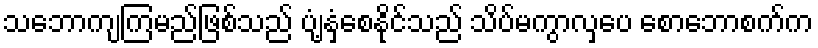
သဘောကျကြမည်ဖြစ်သည် ပျံ့နှံ့စေနိုင်သည် သိပ်မကွာလှပေ စောဘောစက်က